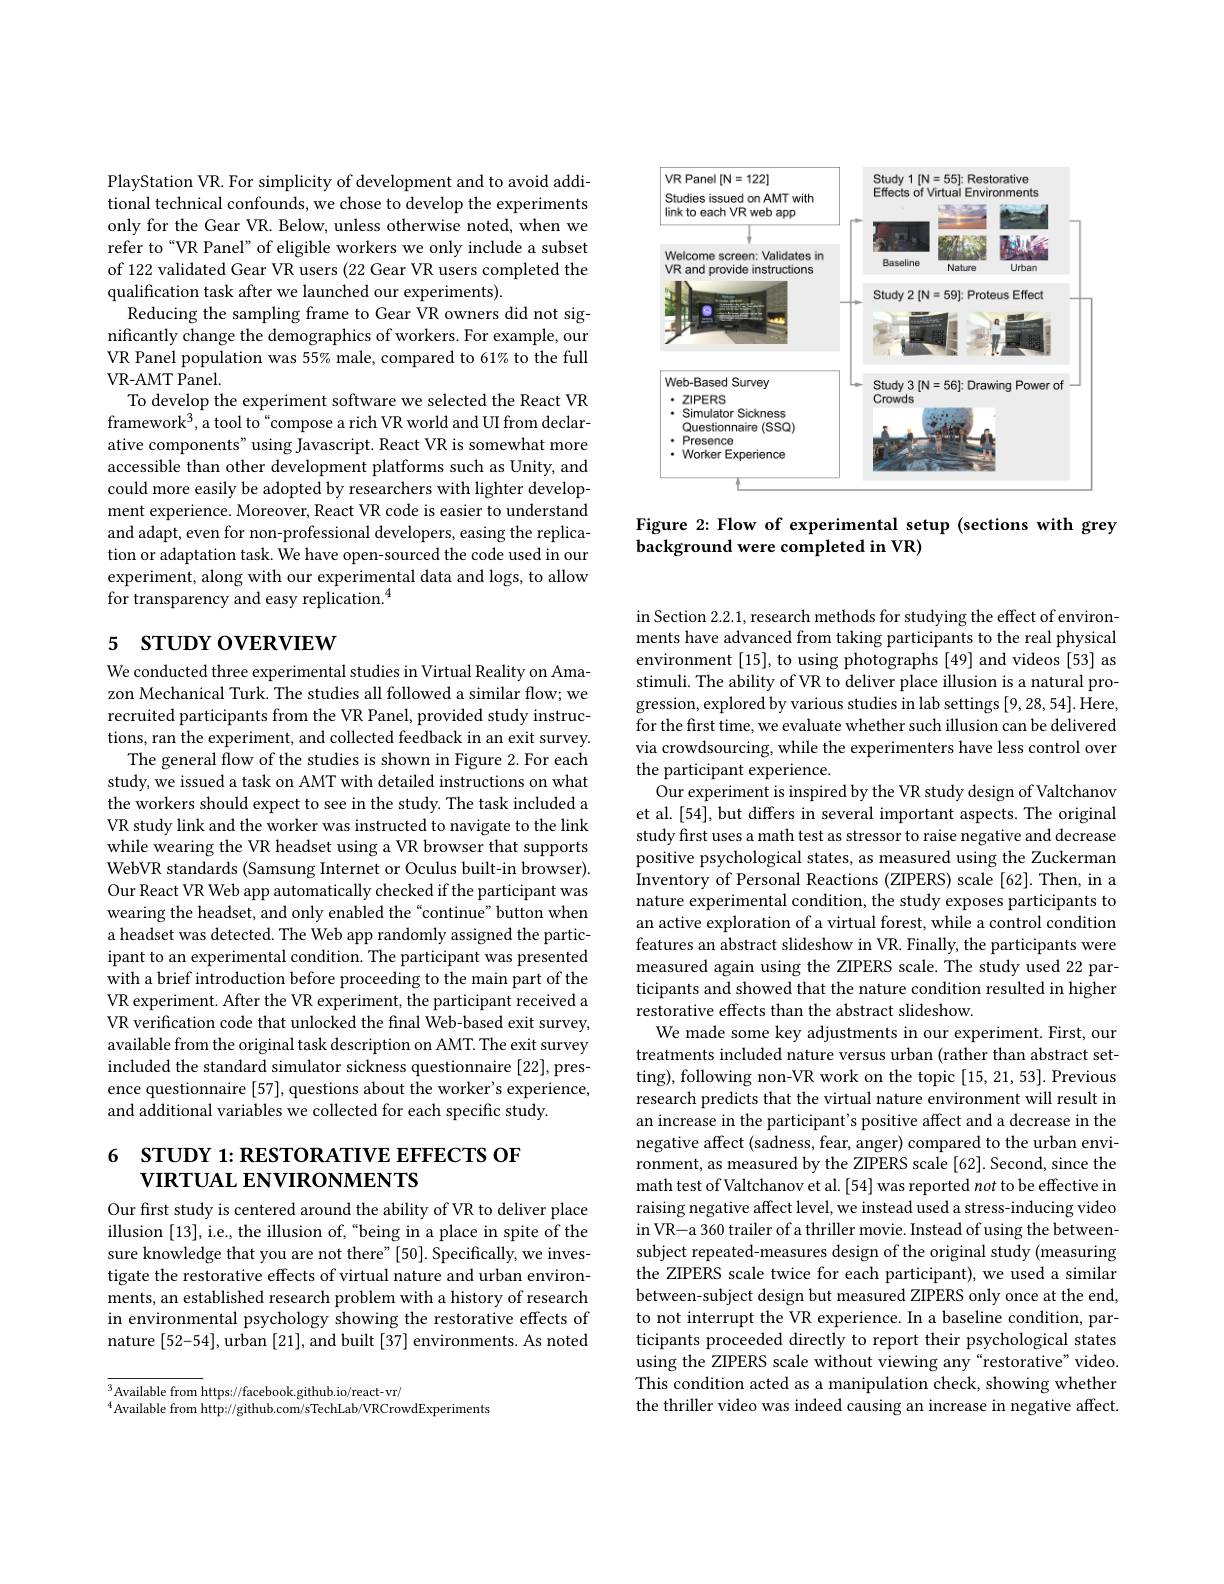
PlayStation VR. For simplicity of development and to avoid additional technical confounds, we chose to develop the experiments only for the Gear VR. Below, unless otherwise noted, when we refer to“VR Panel” of eligible workers we only include a subset of 122 validated Gear VR users (22 Gear VR users completed the qualification task after we launched our experiments).
Reducing the sampling frame to Gear VR owners did not significantly change the demographics of workers. For example, our VR Panel population was 55% male, compared to 61% to the full VR- AMT Panel.
To develop the experiment software we selected the React VR framework$^3$,a tool to“compose a rich VR world and UI from declarative components" using Javascript. React VR is somewhat more accessible than other development platforms such as Unity, and could more easily be adopted by researchers with lighter development experience. Moreover, React VR code is easier to understand and adapt, even for non-professional developers, easing the replication or adaptation task. We have open-sourced the code used in our experiment, along with our experimental data and logs, to allow for transparency and easy replication.$^{4}$

# 5 STUDY OVERVIEW

We conducted three experimental studies in Virtual Reality on Amazon Mechanical Turk. The studies all followed a similar flow; we recruited participants from the VR Panel, provided study instructions, ran the experiment, and collected feedback in an exit survey.
The general flow of the studies is shown in Figure 2. For each study, we issued a task on AMT with detailed instructions on what the workers should expect to see in the study. The task included a VR study link and the worker was instructed to navigate to the link while wearing the VR headset using a VR browser that supports WebVR standards (Samsung Internet or Oculus built-in browser). Our React VR Web app automatically checked if the participant was wearing the headset, and only enabled the“continue”button when a headset was detected. The Web app randomly assigned the participant to an experimental condition. The participant was presented with a brief introduction before proceeding to the main part of the VR experiment. After the VR experiment, the participant received a VR verification code that unlocked the final Web-based exit survey, available from the original task description on AMT. The exit survey included the standard simulator sickness questionnaire [22], presence questionnaire [57], questions about the worker's experience, and additional variables we collected for each specific study.

## $6STUDY1:RESTORATIVEEFFECTSOF$ VIRTUAL ENVIRONMENTS

Our first study is centered around the ability of VR to deliver place illusion [13], i.e., the illusion of, “being in a place in spite of the sure knowledge that you are not there" [50]. Specifically, we investigate the restorative effects of virtual nature and urban environments, an established research problem with a history of research in environmental psychology showing the restorative effects of nature [52-54], urban [21], and built [37] environments. As noted

$^{3}$Available from https://facebook.github.io/react-vr/
$^{4}$Available from http://github.com/sTechLab/VRCrowdExperiments

<FigureHere>

Figure 2: Flow of experimental setup (sections with grey
background were completed in VR)

in Section 2.2.1, research methods for studying the effect of environments have advanced from taking participants to the real physical environment [15], to using photographs [49] and videos [53] as stimuli. The ability of VR to deliver place illusion is a natural progression, explored by various studies in lab settings [9,28,54]. Here, for the first time, we evaluate whether such illusion can be delivered via crowdsourcing, while the experimenters have less control over the participant experience.
Our experiment is inspired by the VR study design of Valtchanov et al. [54], but differs in several important aspects. The original study first uses a math test as stressor to raise negative and decrease positive psychological states, as measured using the Zuckerman Inventory of Personal Reactions (ZIPERS) scale [62]. Then, in a nature experimental condition, the study exposes participants to an active exploration of a virtual forest, while a control condition features an abstract slideshow in VR. Finally, the participants were measured again using the ZIPERS scale. The study used 22 participants and showed that the nature condition resulted in higher restorative effects than the abstract slideshow.
We made some key adjustments in our experiment. First, our treatments included nature versus urban (rather than abstract setting), following non-VR work on the topic [15,21,53]. Previous research predicts that the virtual nature environment will result in an increase in the participant's positive affect and a decrease in the negative affect (sadness, fear, anger) compared to the urban environment, as measured by the ZIPERS scale [62]. Second, since the math test of Valtchanov et al. [54] was reported not to be effective in raising negative affect level, we instead used a stress-inducing video in VR-a 360 trailer of a thriller movie. Instead of using the betweensubject repeated-measures design of the original study (measuring the ZIPERS scale twice for each participant), we used a similar between-subject design but measured ZIPERS only once at the end, to not interrupt the VR experience. In a baseline condition, participants proceeded directly to report their psychological states using the ZIPERS scale without viewing any“restorative”video. This condition acted as a manipulation check, showing whether the thriller video was indeed causing an increase in negative affect